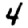
Digit: 4